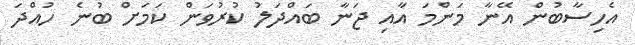
އެހިސާބުން އޭނާ މަންމަ އާއި ޖަނާ ބައްދަލު ކުރުވަން ކަމަށް ބުނެ ހުއްދަ